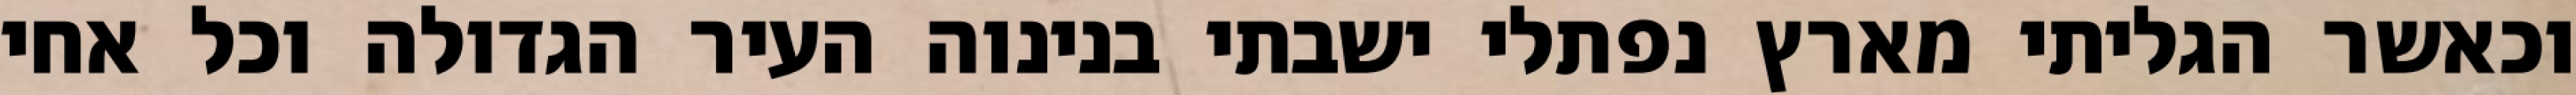
וכאשר הגליתי מארץ נפתלי ישבתי בנינוה העיר הגדולה וכל אחי